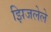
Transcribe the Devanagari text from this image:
झिजलेले